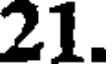
21.